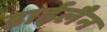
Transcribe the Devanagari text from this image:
डाईलैन